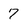
Character: 7